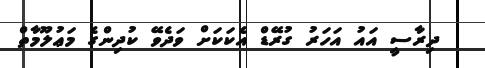
ދިރާސީ އައު އަހަރު ގުރޭޑް އެކަކަށް ވަދެވޭ ކުދިންގެ މަޢުލޫމާތް